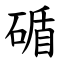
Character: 碷